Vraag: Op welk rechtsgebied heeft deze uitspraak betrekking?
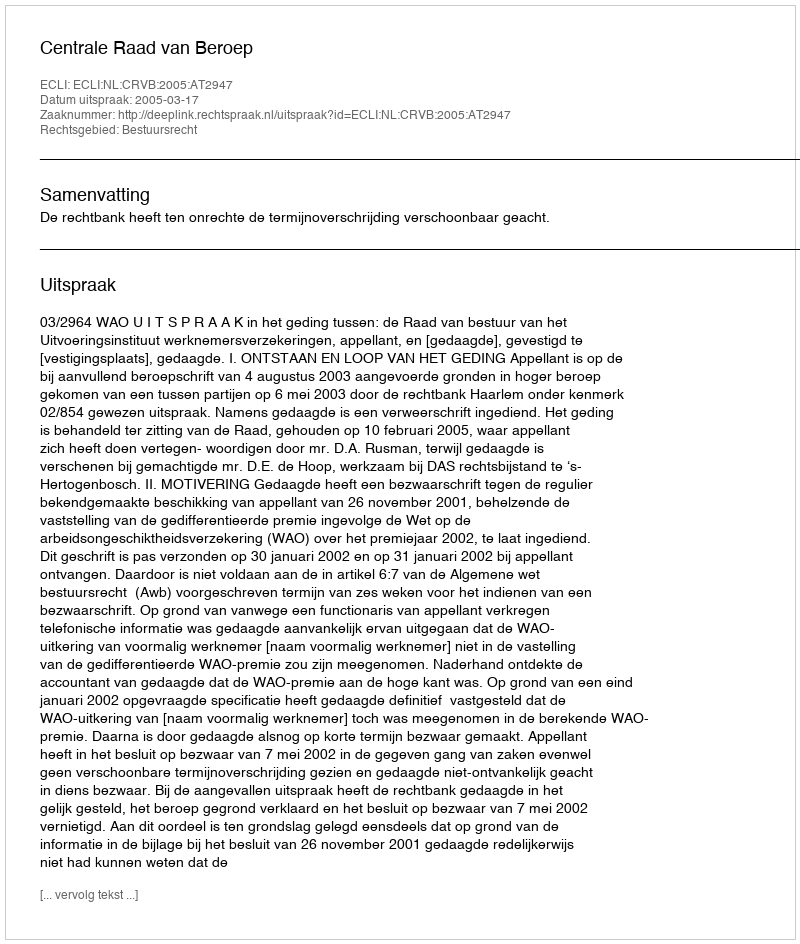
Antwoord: Bestuursrecht